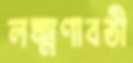
লক্ষ্মণাবতী